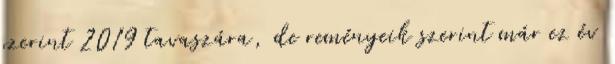
szerint 2019 tavaszára, de reményeik szerint már ez év